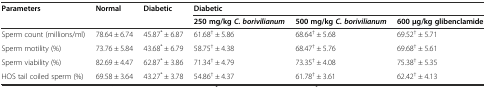
| <ROWSPAN=2> Parameters | <ROWSPAN=2> Normal | <ROWSPAN=2> Diabetic | <COLSPAN=3> Diabetic |
 | 250 mg/kg C. borivilianum | 500 mg/kg C. borivilianum | 600 μg/kg glibenclamide |
 | --- | --- | --- | --- | --- | --- |
 | Sperm count (millions/ml) | 78.64 ± 6.74 | 45.87* ± 6.87 | 61.68† ± 5.86 | 68.64† ± 5.68 | 69.52† ± 5.71 |
 | Sperm motility (%) | 73.76 ± 5.84 | 43.68* ± 6.79 | 58.75† ± 4.38 | 68.47† ± 5.76 | 69.68† ± 5.61 |
 | Sperm viability (%) | 82.69 ± 4.47 | 62.87* ± 3.86 | 71.34† ± 4.79 | 73.35† ± 4.08 | 75.38† ± 5.35 |
 | HOS tail coiled sperm (%) | 69.58 ± 3.64 | 43.27* ± 3.78 | 54.86† ± 4.37 | 61.78† ± 3.61 | 62.42† ± 4.13 |